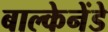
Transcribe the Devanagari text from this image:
बाल्केनेंडे